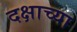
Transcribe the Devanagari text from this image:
दक्षाच्या